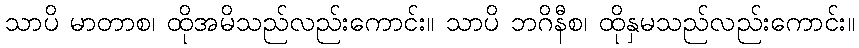
သာပိ မာတာစ၊ ထိုအမိသည်လည်းကောင်း။ သာပိ ဘဂိနီစ၊ ထိုနှမသည်လည်းကောင်း။